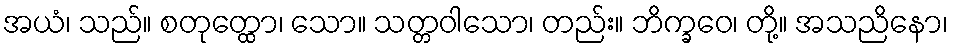
အယံ၊ သည်။ စတုတ္ထော၊ သော။ သတ္တဝါသော၊ တည်း။ ဘိက္ခဝေ၊ တို့။ အသညိနော၊